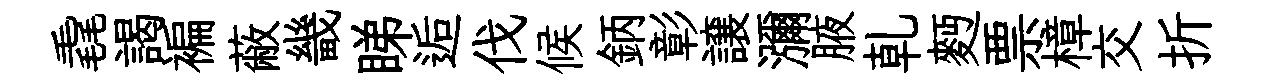
毳謁褊蔽畿睇逅伐候鈵彰譲瀰腋乹麪票樟交折